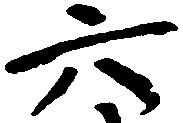
六